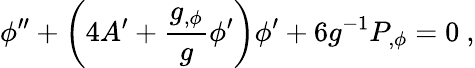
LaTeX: \phi^{\prime\prime}+\left(4A^{\prime}+{\frac{g_{,\phi}}{g}}\phi^{\prime}\right)\phi^{\prime}+6g^{-1}P_{,\phi}=0\ ,